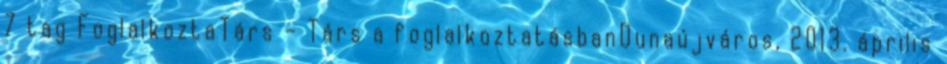
7 tag FoglalkoztaTárs – Társ a foglalkoztatásbanDunaújváros, 2013. április